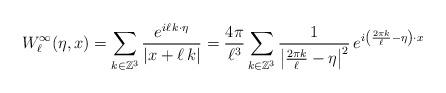
LaTeX: \begin{align*} W_\ell^\infty(\eta,x)=\sum_{k\in\mathbb{Z}^3}\frac{e^{i\ell\,k\cdot\eta}}{|x+\ell\,k|}=\frac{4\pi}{\ell^3}\sum_{k\in \mathbb{Z}^3}\frac{1}{\left|\frac{2\pi k}{\ell}-\eta\right|^2}\,e^{i\left(\frac{2\pi k}{\ell}-\eta\right)\cdot x}\end{align*}